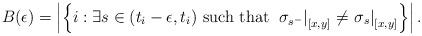
LaTeX: \begin{align*}B(\epsilon)=\left|\left\{ i:\exists s\in(t_{i}-\epsilon,t_{i})\mbox{ such that }\left.\sigma_{s^{-}}\right|_{[x,y]}\ne\left.\sigma_{s}\right|_{[x,y]}\right\} \right|.\end{align*}